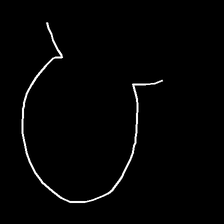
Glyph: weave